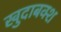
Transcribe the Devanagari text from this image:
खुदाबक्‍श